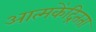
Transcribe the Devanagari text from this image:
आत्मकेंद्रितता